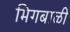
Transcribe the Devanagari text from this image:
भिगबाळी